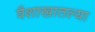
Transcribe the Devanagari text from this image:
वैशाखातल्या